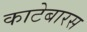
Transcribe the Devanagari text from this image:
काटेबारस